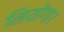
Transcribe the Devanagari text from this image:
नियोगा।